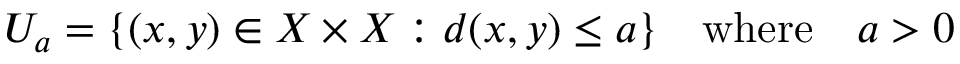
U _ { a } = \{ ( x , y ) \in X \times X : d ( x , y ) \leq a \} \quad { \mathrm { w h e r e } } \quad a > 0